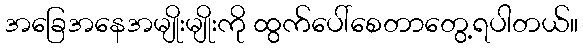
အခြေအနေအမျိုးမျိုးကို ထွက်ပေါ်စေတာတွေ့ရပါတယ်။